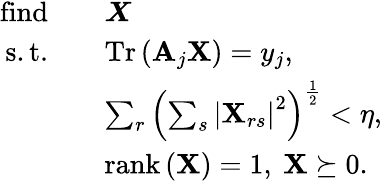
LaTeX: \begin{array}{rl}{\mathrm{find}\quad}&{\boldsymbol{X}}\\ {\mathrm{s.t.}\quad}&{\operatorname{Tr}\left(\mathbf{A}_{j}\mathbf{X}\right)=y_{j},}\\ &{\sum_{r}\left(\sum_{s}\left|\mathbf{X}_{rs}\right|^{2}\right)^{\frac{1}{2}}<\eta,}\\ &{\operatorname{rank}\left(\mathbf{X}\right)=1,~\mathbf{X}\succeq 0.}\end{array}